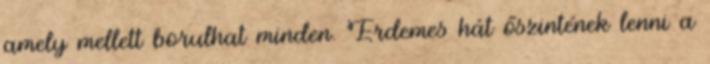
amely mellett borulhat minden. Érdemes hát őszintének lenni a